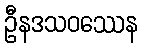
ဦနဒသဝဿေန